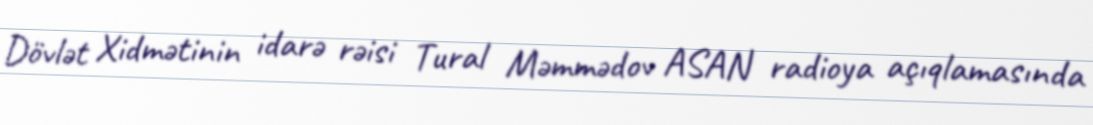
Dövlət Xidmətinin idarə rəisi Tural Məmmədov ASAN radioya açıqlamasında